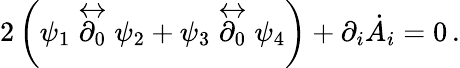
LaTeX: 2\left(\psi_{1}\stackrel{\leftrightarrow}{\partial_{0}}\psi_{2}+\psi_{3}\stackrel{\leftrightarrow}{\partial_{0}}\psi_{4}\right)+\partial_{i}\dot{A}_{i}=0\, .